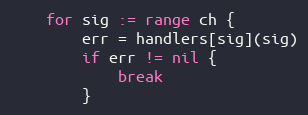
Language: Go
	for sig := range ch {
		err = handlers[sig](sig)
		if err != nil {
			break
		}